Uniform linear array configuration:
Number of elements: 32
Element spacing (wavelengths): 1
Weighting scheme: kaiser
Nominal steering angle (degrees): -60
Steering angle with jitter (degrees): -61.681
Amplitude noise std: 0.05
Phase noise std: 0.05

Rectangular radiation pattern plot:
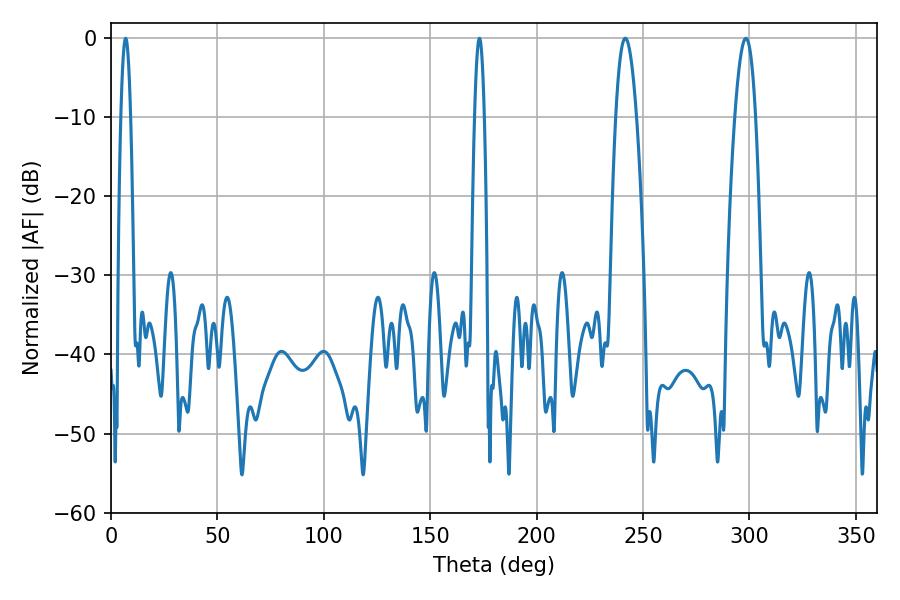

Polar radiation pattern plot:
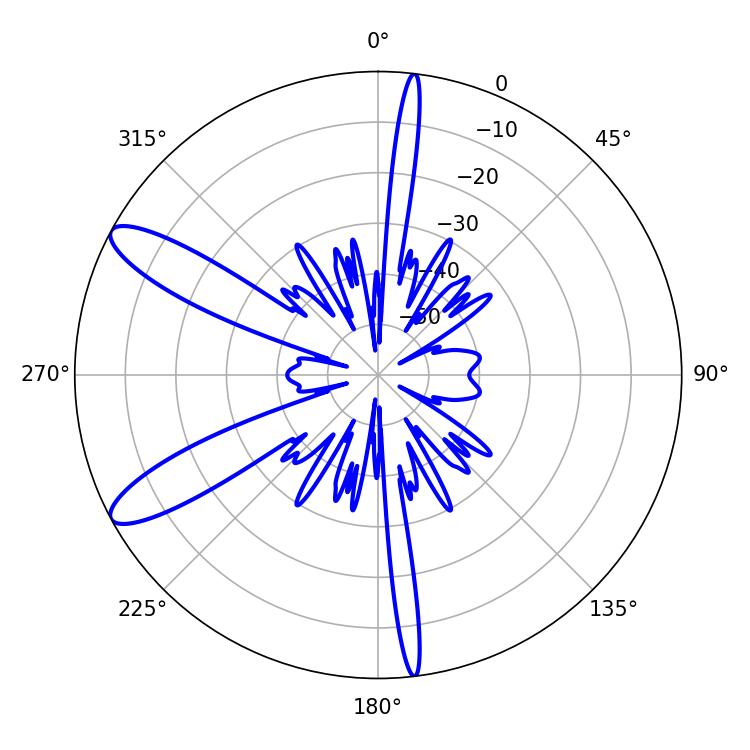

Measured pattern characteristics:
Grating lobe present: TRUE
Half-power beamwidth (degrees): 5.4
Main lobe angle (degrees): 298.26